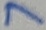
Text: 7